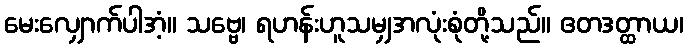
မေးလျှောက်ပါအံ့။ သဗ္ဗေ၊ ရဟန်းဟူသမျှအလုံးစုံတို့သည်။ ဧတဒတ္ထာယ၊